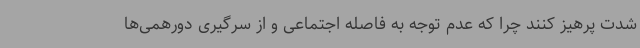
شدت پرهیز کنند چرا که عدم توجه به فاصله اجتماعی و از سرگیری دورهمی‌ها